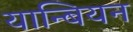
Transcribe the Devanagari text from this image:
यान्बियन